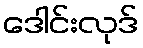
ဒေါင်းလုဒ်